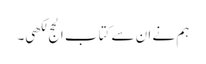
ہم نے ان سے کتاب الحج لکھی۔